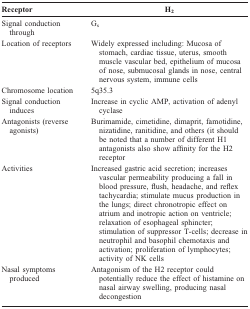
| Receptor | H2 |
 | --- | --- |
 | Signal conduction through | Gs |
 | Location of receptors | Widely expressed including: Mucosa of stomach, cardiac tissue, uterus, smooth muscle vascular bed, epithelium of mucosa of nose, submucosal glands in nose, central nervous system, immune cells |
 | Chromosome location | 5q35.3 |
 | Signal conduction induces | Increase in cyclic AMP, activation of adenyl cyclase |
 | Antagonists (reverse agonists) | Burimamide, cimetidine, dimaprit, famotidine, nizatidine, ranitidine, and others (it should be noted that a number of different H1 antagonists also show affinity for the H2 receptor |
 | Activities | Increased gastric acid secretion; increases vascular permeability producing a fall in blood pressure, flush, headache, and reflex tachycardia; stimulate mucus production in the lungs; direct chronotropic effect on atrium and inotropic action on ventricle; relaxation of esophageal sphincter; stimulation of suppressor T-cells; decrease in neutrophil and basophil chemotaxis and activation; proliferation of lymphocytes; activity of NK cells |
 | Nasal symptoms produced | Antagonism of the H2 receptor could potentially reduce the effect of histamine on nasal airway swelling, producing nasal decongestion |